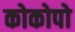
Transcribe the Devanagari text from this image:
कोकोपो